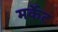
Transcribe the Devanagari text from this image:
मर्केट